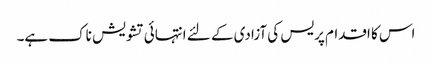
اس کا اقدام پریس کی آزادی کے لئے انتہائی تشویش ناک ہے۔